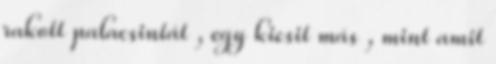
rakott palacsintát , egy kicsit más , mint amit